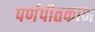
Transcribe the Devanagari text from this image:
पर्णपीतकाभ